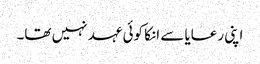
اپنی رعایا سے انکا کوئی عہد نہیں تھا۔